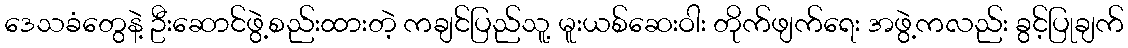
ဒေသခံတွေနဲ့ ဦးဆောင်ဖွဲ့စည်းထားတဲ့ ကချင်ပြည်သူ့ မူးယစ်ဆေးဝါး တိုက်ဖျက်ရေး အဖွဲ့ကလည်း ခွင့်ပြုချက်